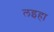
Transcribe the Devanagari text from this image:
लइहा